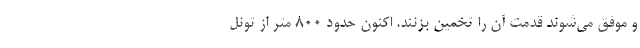
و موفق می‌شوند قدمت آن را تخمین بزنند. اکنون حدود ۸۰۰ متر از تونل